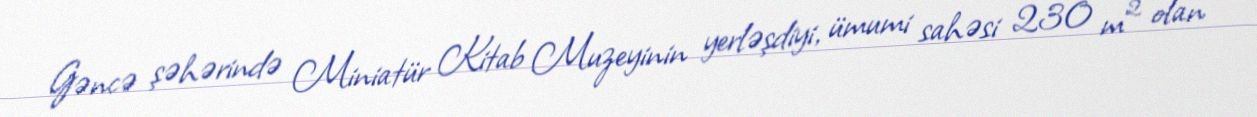
Gəncə şəhərində Miniatür Kitab Muzeyinin yerləşdiyi, ümumi sahəsi 230 m² olan